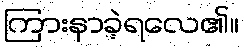
ကြားနာခဲ့ရလေ၏။